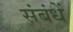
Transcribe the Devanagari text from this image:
संबंधें